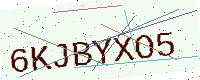
Text: 6KJBYXO5